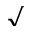
\surd